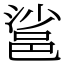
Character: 䣉